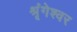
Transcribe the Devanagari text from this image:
श्रृंगेश्‍वर